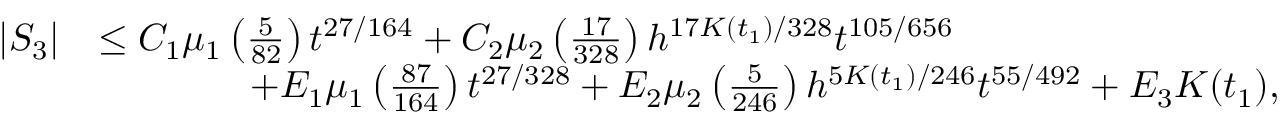
\begin{array} { r l } { | S _ { 3 } | } & { \le C _ { 1 } \mu _ { 1 } \left( \frac { 5 } { 8 2 } \right) t ^ { 2 7 / 1 6 4 } + C _ { 2 } \mu _ { 2 } \left( \frac { 1 7 } { 3 2 8 } \right) h ^ { 1 7 K ( t _ { 1 } ) / 3 2 8 } t ^ { 1 0 5 / 6 5 6 } } \\ & { \qquad \qquad + E _ { 1 } \mu _ { 1 } \left( \frac { 8 7 } { 1 6 4 } \right) t ^ { 2 7 / 3 2 8 } + E _ { 2 } \mu _ { 2 } \left( \frac { 5 } { 2 4 6 } \right) h ^ { 5 K ( t _ { 1 } ) / 2 4 6 } t ^ { 5 5 / 4 9 2 } + E _ { 3 } K ( t _ { 1 } ) , } \end{array}